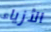
الأزياء